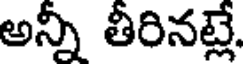
అన్నీ తీరినట్లే.